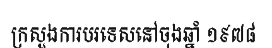
ក្រសួងការបរទេសនៅចុងឆ្នាំ ១៩៧៨